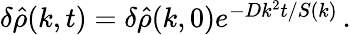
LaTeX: \begin{array}{r}{\delta\hat{\rho}(k,t)=\delta\hat{\rho}(k,0)e^{-Dk^{2}t/S(k)}\, .}\end{array}